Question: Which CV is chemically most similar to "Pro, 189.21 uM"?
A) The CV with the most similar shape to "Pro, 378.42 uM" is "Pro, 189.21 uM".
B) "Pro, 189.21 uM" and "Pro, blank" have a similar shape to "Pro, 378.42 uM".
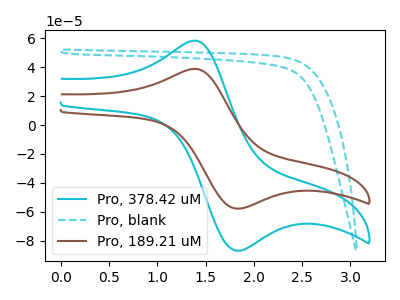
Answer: <think>The cyan curve "Pro, 378.42 uM" has an anodic peak at (1.35V, 58.35uA) and a cathodic peak at (1.80V, -86.85uA). The cyan dashed curve "Pro, blank" has no peaks. The brown curve "Pro, 189.21 uM" has an anodic peak at (1.35V, 38.80uA) and a cathodic peak at (1.80V, -57.80uA).
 "Pro, 378.42 uM" and "Pro, blank" have a different number of peaks. All the peaks in "Pro, 378.42 uM" have a peak in "Pro, 189.21 uM" at the same potential. Every peak in "Pro, 378.42 uM" is higher than every peak in "Pro, 189.21 uM". "Pro, blank" and "Pro, 189.21 uM" have a different number of peaks.</think>
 <answer>A) The CV with the most similar shape to "Pro, 378.42 uM" is "Pro, 189.21 uM".</answer>
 <eval>A</eval>